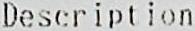
DESCRIPTION